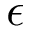
\epsilon